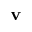
\mathbf { v }